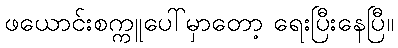
ဖယောင်းစက္ကူပေါ်မှာတော့ ရေးပြီးနေပြီ။